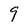
Character: 9